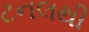
ટનલથી